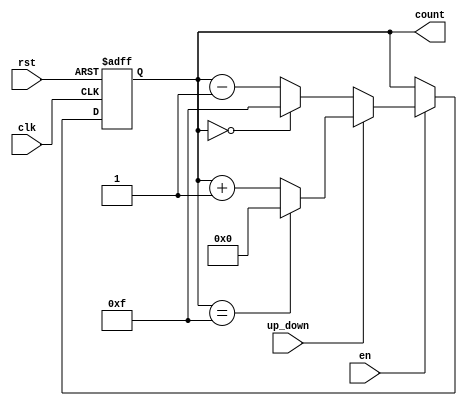
module UpDownCounter #(
    parameter N = 4 // Parameter for the bit-width of the counter
)(
    input wire clk,          // Clock input
    input wire rst,          // Asynchronous reset
    input wire en,           // Enable signal
    input wire up_down,      // Up/Down control signal
    output reg [N-1:0] count // N-bit counter output
);

    // Asynchronous reset and counting logic
    always @(posedge clk or posedge rst) begin
        if (rst) begin
            count <= 0; // Reset the counter to 0
        end else if (en) begin
            if (up_down) begin
                // Increment the counter with wrap-around
                count <= (count == {N{1'b1}}) ? 0 : count + 1; // Wrap around to 0
            end else begin
                // Decrement the counter with wrap-around
                count <= (count == 0) ? {N{1'b1}} : count - 1; // Wrap around to max value
            end
        end
        // If enable is low, retain the current count value
    end

endmodule